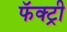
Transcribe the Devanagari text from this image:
फॅक्ट्री